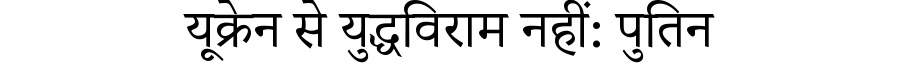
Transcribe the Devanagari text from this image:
यूक्रेन से युद्धविराम नहीं: पुतिन